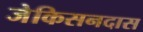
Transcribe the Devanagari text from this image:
जेकिसनदास